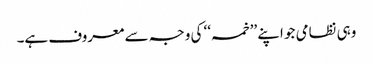
وہی نظامی جو اپنے ’’خمسہ‘‘ کی وجہ سے معروف ہے۔